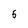
Character: 5